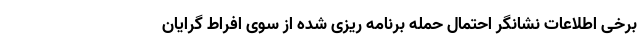
برخی اطلاعات نشانگر احتمال حمله برنامه ریزی شده از سوی افراط گرایان